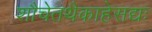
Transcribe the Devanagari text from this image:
शौचेतथैकाहेसद्यः